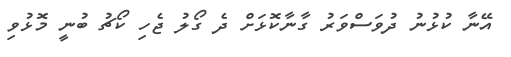
އޭނާ ކުޅުނު ދުވަސްވަރު ގާނާކޮޅަށް ދެ ގޯލު ޖެހި ކޯޗު ބުނީ މޮޅުވި